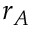
r _ { A }